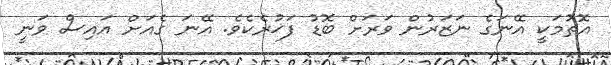
އޮތުމަކީ އޭނަގެ ނަޒަރުން ވަރަށް ބޮޑު ފަޚުރެކެވެ. އޭނަ ގެއަށް އައިސް ވަނީ